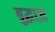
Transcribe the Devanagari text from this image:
बुद्धाज़